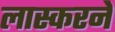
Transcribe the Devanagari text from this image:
लास्करने